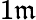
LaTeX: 1\mathfrak{m}